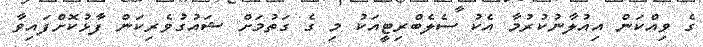
ގެ ވިއްކަން އިއުލާނުކުރުމާ އެކު ސެލެބްރިޓީއަކު މި ގެ ގަތުމަށް ޝައުގުވެރިކަން ފާޅުކޮށްފައިވާ